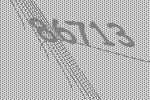
86713